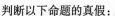
判断以下命题的真假：